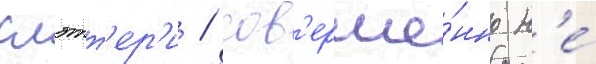
слэтт'ер'и / сов'ерше́нно н'е́